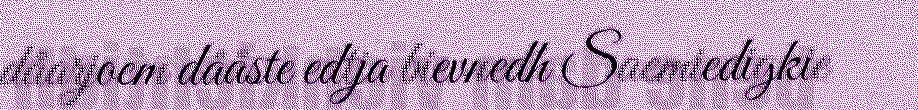
dåarjoem dååste edtja bievnedh Saemiedigkie